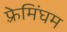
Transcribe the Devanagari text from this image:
फ़्रेमिंघम